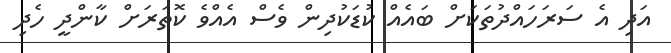
އަދި އެ ސަރަހައްދުތަކަށް ބައެއް ކުޑަކުދިން ވެސް އެއްވެ ކޮތަރަށް ކާންދީ ހެދި